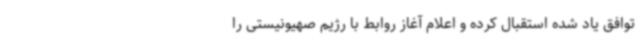
توافق یاد شده استقبال کرده و اعلام آغاز روابط با رژیم صهیونیستی را